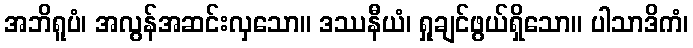
အဘိရူပံ၊ အလွန်အဆင်းလှသော။ ဒဿနီယံ၊ ရှုချင်ဖွယ်ရှိသော။ ပါသာဒိကံ၊